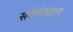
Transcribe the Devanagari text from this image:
सर्वतोभद्राय